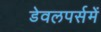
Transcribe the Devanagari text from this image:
डेवलपर्समें